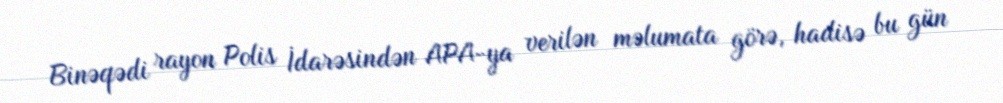
Binəqədi rayon Polis İdarəsindən APA-ya verilən məlumata görə, hadisə bu gün